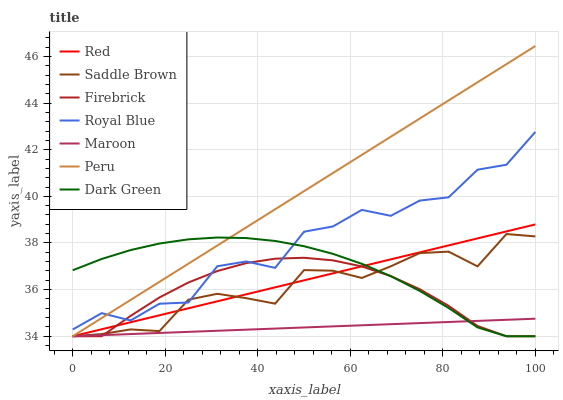
| xaxis_label | Red | Saddle Brown | Firebrick | Royal Blue | Maroon | Peru | Dark Green |
 | --- | --- | --- | --- | --- | --- | --- | --- |
 | 0 | 34 | 34 | 34 | 34.3 | 34 | 34 | 36.8 |
 | 6.25 | 34.3 | 34.1 | 34 | 35 | 34 | 34.8 | 37.3 |
 | 12.5 | 34.6 | 34.3 | 34.9 | 34.7 | 34.1 | 35.6 | 37.7 |
 | 18.8 | 34.9 | 34.2 | 35.7 | 35.4 | 34.1 | 36.3 | 38 |
 | 25 | 35.2 | 35.6 | 36.3 | 35.4 | 34.2 | 37.1 | 38.2 |
 | 31.2 | 35.5 | 35.8 | 36.8 | 37 | 34.2 | 37.9 | 38.2 |
 | 37.5 | 35.8 | 35.6 | 37.1 | 37.2 | 34.3 | 38.7 | 38.2 |
 | 43.8 | 36.1 | 35.4 | 37.3 | 36.9 | 34.3 | 39.4 | 38.1 |
 | 50 | 36.4 | 36.8 | 37.4 | 38.5 | 34.4 | 40.2 | 37.9 |
 | 56.2 | 36.7 | 36.8 | 37.3 | 38.7 | 34.4 | 41 | 37.5 |
 | 62.5 | 37 | 36.5 | 37 | 39.4 | 34.5 | 41.8 | 37.1 |
 | 68.8 | 37.3 | 37 | 36.6 | 39.2 | 34.5 | 42.6 | 36.6 |
 | 75 | 37.6 | 37.6 | 36 | 39.8 | 34.6 | 43.3 | 35.9 |
 | 81.2 | 37.9 | 37.6 | 35.3 | 40 | 34.6 | 44.1 | 35.2 |
 | 87.5 | 38.2 | 37 | 34.4 | 41.1 | 34.7 | 44.9 | 34.4 |
 | 93.8 | 38.5 | 38.4 | 34 | 41.4 | 34.7 | 45.7 | 34 |
 | 100 | 38.8 | 38.3 | 34 | 42.8 | 34.8 | 46.4 | 34 |